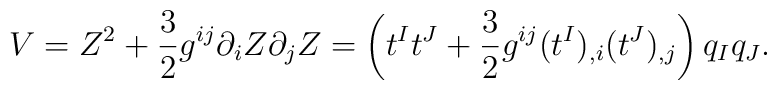
V= Z^2 +  {3\over 2}  g^{ij} \partial_i Z \partial_j Z = \left (t^I t^J + {3\over 2} g^{ij}(t^I)_{,i} ( t^J)_{,j}\right) q_I q_J.